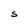
Character: S